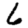
Digit: 6